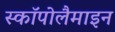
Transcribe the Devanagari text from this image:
स्कॉपोलैमाइन